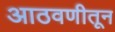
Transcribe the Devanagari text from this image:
आठवणीतून